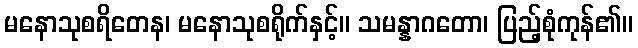
မနောသုစရိတေန၊ မနောသုစရိုက်နှင့်။ သမန္နာဂတော၊ ပြည့်စုံကုန်၏။